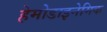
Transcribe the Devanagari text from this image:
हेमोडाइनेमिक